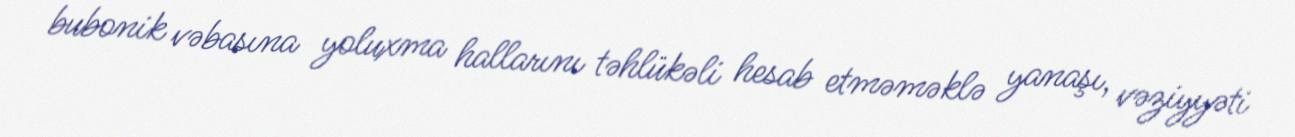
bubonik vəbasına yoluxma hallarını təhlükəli hesab etməməklə yanaşı, vəziyyəti